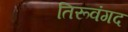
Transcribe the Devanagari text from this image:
तिरूवंगद